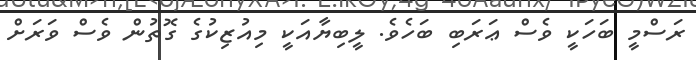
ރަސްމީ ބަހަކީ ވެސް ޢަރަބި ބަހެވެ. ލީބިޔާއަކީ މިއުޒިކުގެ ގޮތުން ވެސް ވަރަށް